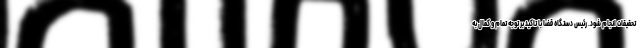
تحقیقات انجام شود. رئیس دستگاه قضا با تاکید بر توجه تمام و کمال به